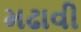
મઢાવી